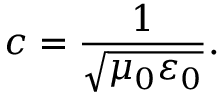
c = { \frac { 1 } { \sqrt { \mu _ { 0 } \varepsilon _ { 0 } } } } .